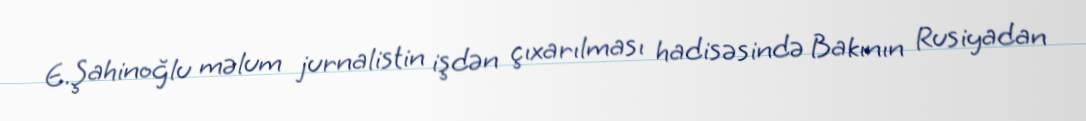
E.Şahinoğlu məlum jurnalistin işdən çıxarılması hadisəsində Bakının Rusiyadan